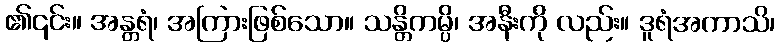
၏၎င်း။ အန္တရံ၊ အကြားဖြစ်သော။ သန္တိကမ္ပိ၊ အနီးကို လည်း။ ဒူရံအကာသိ၊